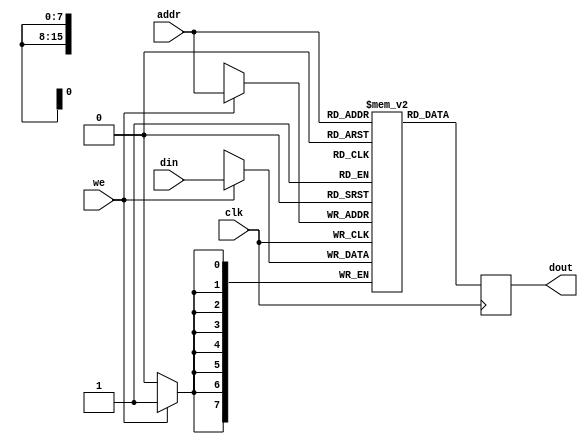
module ram (
                // Port A
                input            clk,
                input            we,
                input [15:0]     addr,
                input [7:0]      din,
                output reg [7:0] dout
            );

   reg [7:0] ram [0:65535];

   always @(posedge clk)
     begin
        if (we)
          ram[addr] <= din;
        dout <= ram[addr];
     end
endmodule